[Report on the health of British troops in the Madras command]
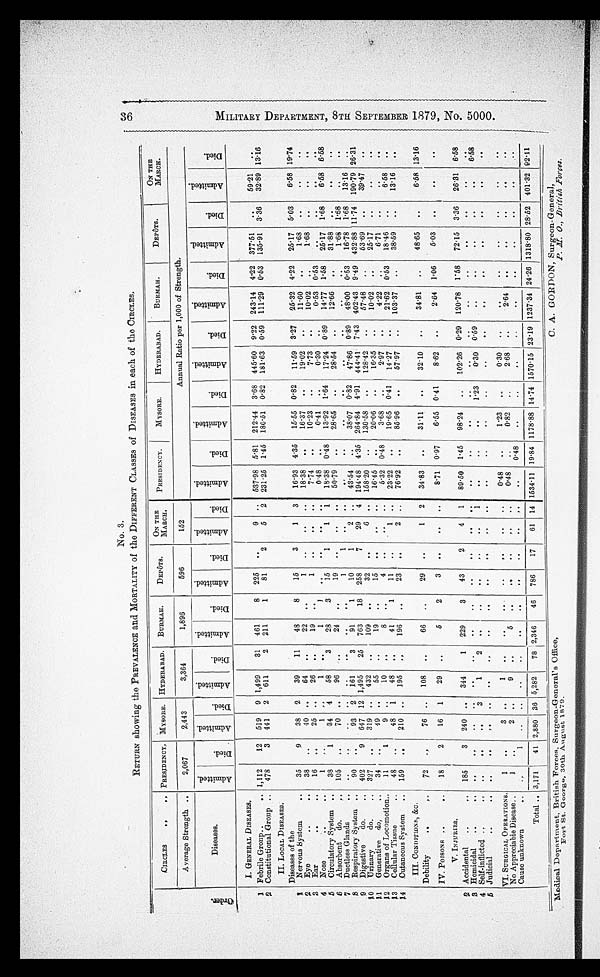
No. 3.
RETURN showing the PREVALENCE and MORTALITY of the DIFFERENT CLASSES of DISEASES in each of the CIRCLES.
CIRCLES
PRESIDENCY. MYSORE.
HYDERABAD.
BURMAH.
DEPÔTS.
ON THE
MARCH.
PRESIDENCY.
MYSORE.
HYDERABAD.
BURMAH.
DEPÔTS.
ON THE
MARCH.
Average Strength
2,067
2,443
3,364
1,896
596
152
Annual Ratio per 1,000 of Strength.
O r d e r
Diseases.
A d m i t t e d
D i e d .
A d m i t t e d
D i e d .
A d m i t t e d
D i e d
A d m i t t e d
D i e d
A d m i t t e d
D i e d .
A d m i t t e d
D i e d .
A d m i t t e d
D i e d .
A d m i t t e d
Di e d .
A d m i t t e d
D i e d .
A d m i t t e d
Di e d .
A d m i t t e d
D i e d .
A d m i t t e d
D i e d .
I. GENERAL DISEASES.
I
1 Febrile Group..
.. 1,112
12
519
9 1,499
31 461
8
225
9
537·98 5 . 81 212 .44 3 . 68 445-60 9·22 243 . 14
4·22 377·51
..
59.21
2 Constitutional Group .. 478
3 441 2 611
2
211
1
81
2
5 2 231 . 25 1·45 180-51 0.82 181 .63 0 . 59 111 . 29 0'53 135-91 3 . 36
32-89 13.16
II. LOCAL DISEASES.
Diseases of the
1 Nervous System
..
35
9
38
2
39
11
48
8
15
3
1 3
16 . 93 4 .35
15.55 0'82
11·59 3·27
25 . 32 4·22
25·17 5·03
6-58 19.74
2 Eye
..
.,
38
40 ..
64
22
..
1
18·38
16'37
..
19·02
11.60
..
1·68
3 Ear
16
25
26
.
19
1
..
..
74
10.23
..
7.73
10·02
..
P68
.
4 Nose
1
1 ..
1
.
1
..
..
..
-
0·48
..
0.41
..
0.30
..
0-53 0 . 53
,.
5 Circulatory System
38
1
31
4
58
3
28
.3
15
1
1 1
18.38 0·48
13 . 92 164
17·24 0·89
14·77
1·58
25'17 P68
6·58 6·58
6 Absorbent do.
105
70
.
96
.
24
..
19
..
..
50.79
-
28·65
..
28.64
..
12'66
31·88
7
Ductless Glands
..
..
..
..
1
1
l
..
00
1-68 1 .68
$ Respiratory System _
90
93
2 161
3
91
1
10
1
2 ..
43.54
.
38·07 0·82
47'86 0 .89 48 .00 0'53
1618 P68
13.16
..
9 Digestive
do.
. 402
9
647 12 1,495
25
763
18 258
7
29 4 194 . 48 4 . 35 264 . 84 4'91 444-41 7·43 402·43 9 . 49 432 .88 1114 190 . 79 26.31
10 Urinary do.
327
.,
319
432
..
109
-
32
6
158·20
..
130.58
..
128.42
..
57'48
53.69
..
39·47
..
11 Generative d.o,
.,
34
.
49 ..
55
, ,
19
..
15
..
, .
..
16·45
..
20-06
, .
16·35
..
10·02
.,
25.17
1 2
Organs of Locomotion..
11
1
9
10
.,
8
..
4 ..
_
5.32 0 . 48
3.68
..
2.97
..
4·22
..
611
..
..
13
Cellular Tissue
..
48
48
1
48
„
41
1
11
..
1 ..
23·22
..
19.65 0·41
14 . 27
..
21·62 0·53
18·46
..
6·58
14 Cutaneous System _ 159
210 ..
195
196
..
23
..
2 ..
76-92
85.96
..
57·97
..
103.37
38·59
13·16
..
III. CONDITIONS, &c.
Debility
72
.,
76
108
66
29
-
1 2
34.83
31·11
..
32.10
34·81
48·65
6.58 13·16
IV. POISONS
18
2
16
1
29
„
5
2
811 0 . 97
6'55 0·41
8'62
2.64 1'06
5.03
V. INJURIES,
2 Accidental
185
3 240 ..
344
1 229
3
43
2
4 1
89·50 P45
98 . 24
102·26 0·29 120 . 78 1'58
72'15 3 .36
26·31 6·58
3 Homicidal
..
..
• •
..
.
..
..
4 Self-inflicted
90
3
1
2
1
..
P23
0.30 0'59
..
..
..
..
8·58
5 Judicial
..
..
..
• •
..
, ,
VI. SURGICAL OPERATIONS.
1
..
3 ..
1
0·48
..
1·2
0·30
..
..
..
..
..
No Appreciable Disease..
1
2 ..
9
..
5
0·48
..
0·8
2·68
..
2·64
..
Cause unknown
1
..
..
..
..
Of
..
..
..
0.48
..
• • I
Total
3,171 1 41 2,880 36 6,282
78 2,346
46
786
17
61 14 1634 . 11 19 . 84 1178 . 88 14·74 1570 . 15 23 . 19 1237·34 24·26 1318 . 80 28'52 401 . 32 92·11
Medical Department, British Forces, Surgeon-General's Office,
C. A. GORDON, Surgeon - General,
Fort St. George, 30th August 1879.
P.M. O ., British Force:.
3 6 M I L I T A R Y D E P A R T M E N T 8 T H S E P T E M B E R 1 8 7 9 . N o . 5 0 0 0 .